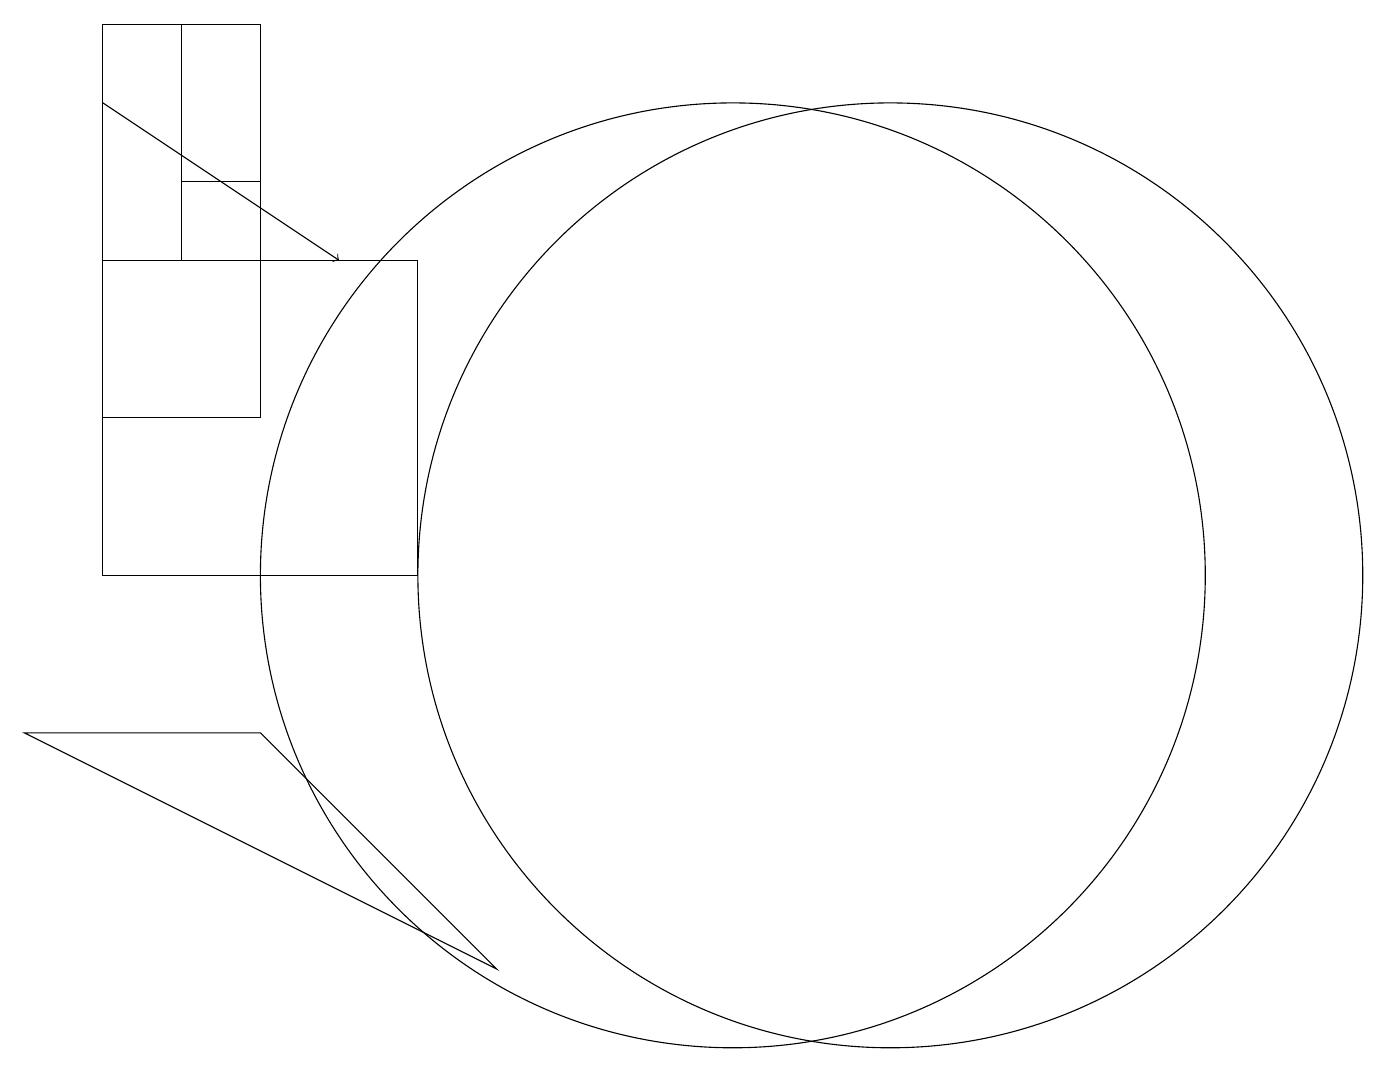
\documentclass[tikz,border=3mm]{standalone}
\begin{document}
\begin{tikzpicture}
\draw (10,10) circle (6);
\draw (2,14) rectangle (6,10);
\draw (3,17) rectangle (4,15);
\draw (3,17) rectangle (2,14);
\draw[->] (2,16) -- (5,14);
\draw (12,10) circle (6);
\draw (4,12) rectangle (2,17);
\draw (4,8) -- (1,8) -- (7,5) -- cycle;
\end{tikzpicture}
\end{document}